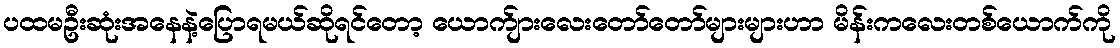
ပထမဦးဆုံးအနေနဲ့ပြောရမယ်ဆိုရင်တော့ ယောက်ျားလေးတော်တော်များများဟာ မိန်းကလေးတစ်ယောက်ကို